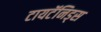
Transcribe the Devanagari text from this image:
टायटॅनिड्स